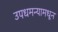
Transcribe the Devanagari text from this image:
उपधमन्यामधून